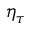
\eta _ { \tau }